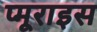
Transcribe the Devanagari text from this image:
प्मूराइस